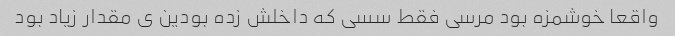
واقعا خوشمزه بود مرسی فقط سسی که داخلش زده بودین ی مقدار زیاد بود